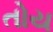
તોય